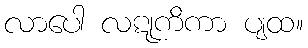
လာပေါ လဋုကိကာ ပျထ။